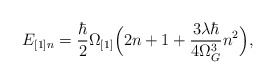
\begin{align*}E_{[1] n} = \frac{\hbar}{2} \Omega_{[1]} \Bigl(2n + 1 + \frac{3 \lambda \hbar}{4 \Omega_G^3 } n^2 \Bigr),\end{align*}